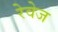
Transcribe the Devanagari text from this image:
रेवेज